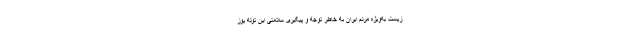
زیست به‌ویژه مردم ایران به خاطر توجه و پیگیری سلامتی این توله یوز